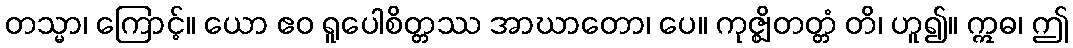
တသ္မာ၊ ကြောင့်။ ယော ဧဝ ရူပေါစိတ္တဿ အာဃာတော၊ ပေ။ ကုဇ္ဈိတတ္တံ တိ၊ ဟူ၍။ ဣဓ၊ ဤ